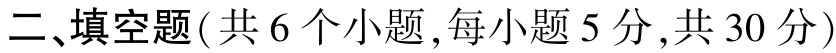
二、填空题(共6个小题,每小题5分,共30分)